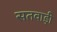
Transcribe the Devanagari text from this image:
सतवाड़ी